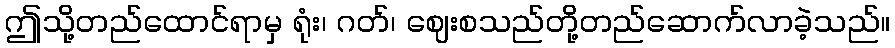
ဤသို့တည်ထောင်ရာမှ ရုံး၊ ဂတ်၊ ဈေးစသည်တို့တည်ဆောက်လာခဲ့သည်။